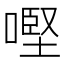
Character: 𠼤